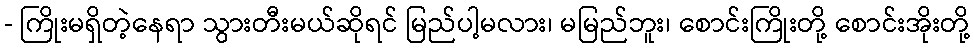
- ကြိုးမရှိတဲ့နေရာ သွားတီးမယ်ဆိုရင် မြည်ပါ့မလား၊ မမြည်ဘူး၊ စောင်းကြိုးတို့ စောင်းအိုးတို့